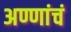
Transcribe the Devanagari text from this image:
अण्णांचं